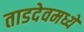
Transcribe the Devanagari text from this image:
ताडदेवमध्ये